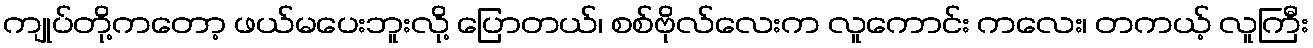
ကျုပ်တို့ကတော့ ဖယ်မပေးဘူးလို့ ပြောတယ်၊ စစ်ဗိုလ်လေးက လူကောင်း ကလေး၊ တကယ့် လူကြီး